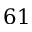
6 1